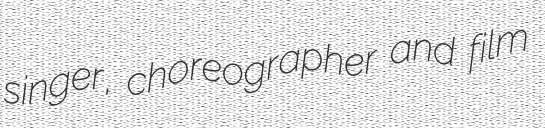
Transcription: singer, choreographer and film